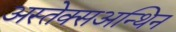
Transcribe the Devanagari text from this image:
अस्तेक्सअन्थिन